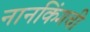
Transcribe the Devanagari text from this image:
नानकिंगची